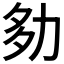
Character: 𡖎